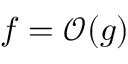
f = \mathcal { O } ( g )